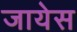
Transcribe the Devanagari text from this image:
जायेस